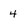
Character: 4